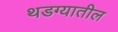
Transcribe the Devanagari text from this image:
थडग्यातील